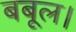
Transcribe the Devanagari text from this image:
बबूल।